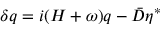
\delta q = i ( H + \omega ) q - \bar { D } \eta ^ { * }